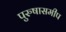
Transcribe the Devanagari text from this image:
पुरुषासमीप